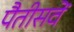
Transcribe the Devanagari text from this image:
पैतीसवें